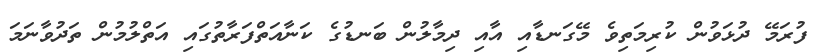
ފުރަމޭ ދުޅަވުން ކުރިމަތިވެ މޭގަނޑާއި އާއި ދިމާލުން ބަނޑުގެ ކަނާއަތްފަރާތުގައި އަތްލުމުން ތަދުވާނަމަ